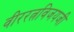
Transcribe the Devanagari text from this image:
वीररत्नविजयजी